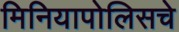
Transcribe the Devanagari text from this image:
मिनियापोलिसचे